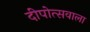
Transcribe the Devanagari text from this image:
दीपोत्सवाला